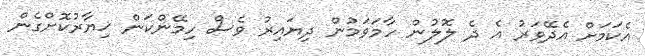
އެކަމަށް އެދޭވަރު އެ ދެ ލޮލުން ހާމަވަމުން ދިޔައިރު ވެސް ހިމޭންކަން ޚިޔާރުކޮށްގެން